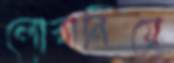
লোরানিয়ে